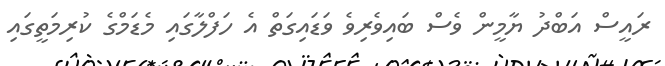
ރައީސް އަބްދު ޔާމީން ވެސް ބައިވެރިވެ ވަޑައިގަތް އެ ހަފްލާގައި މެޑަމްގެ ކުރިމަތީގައި